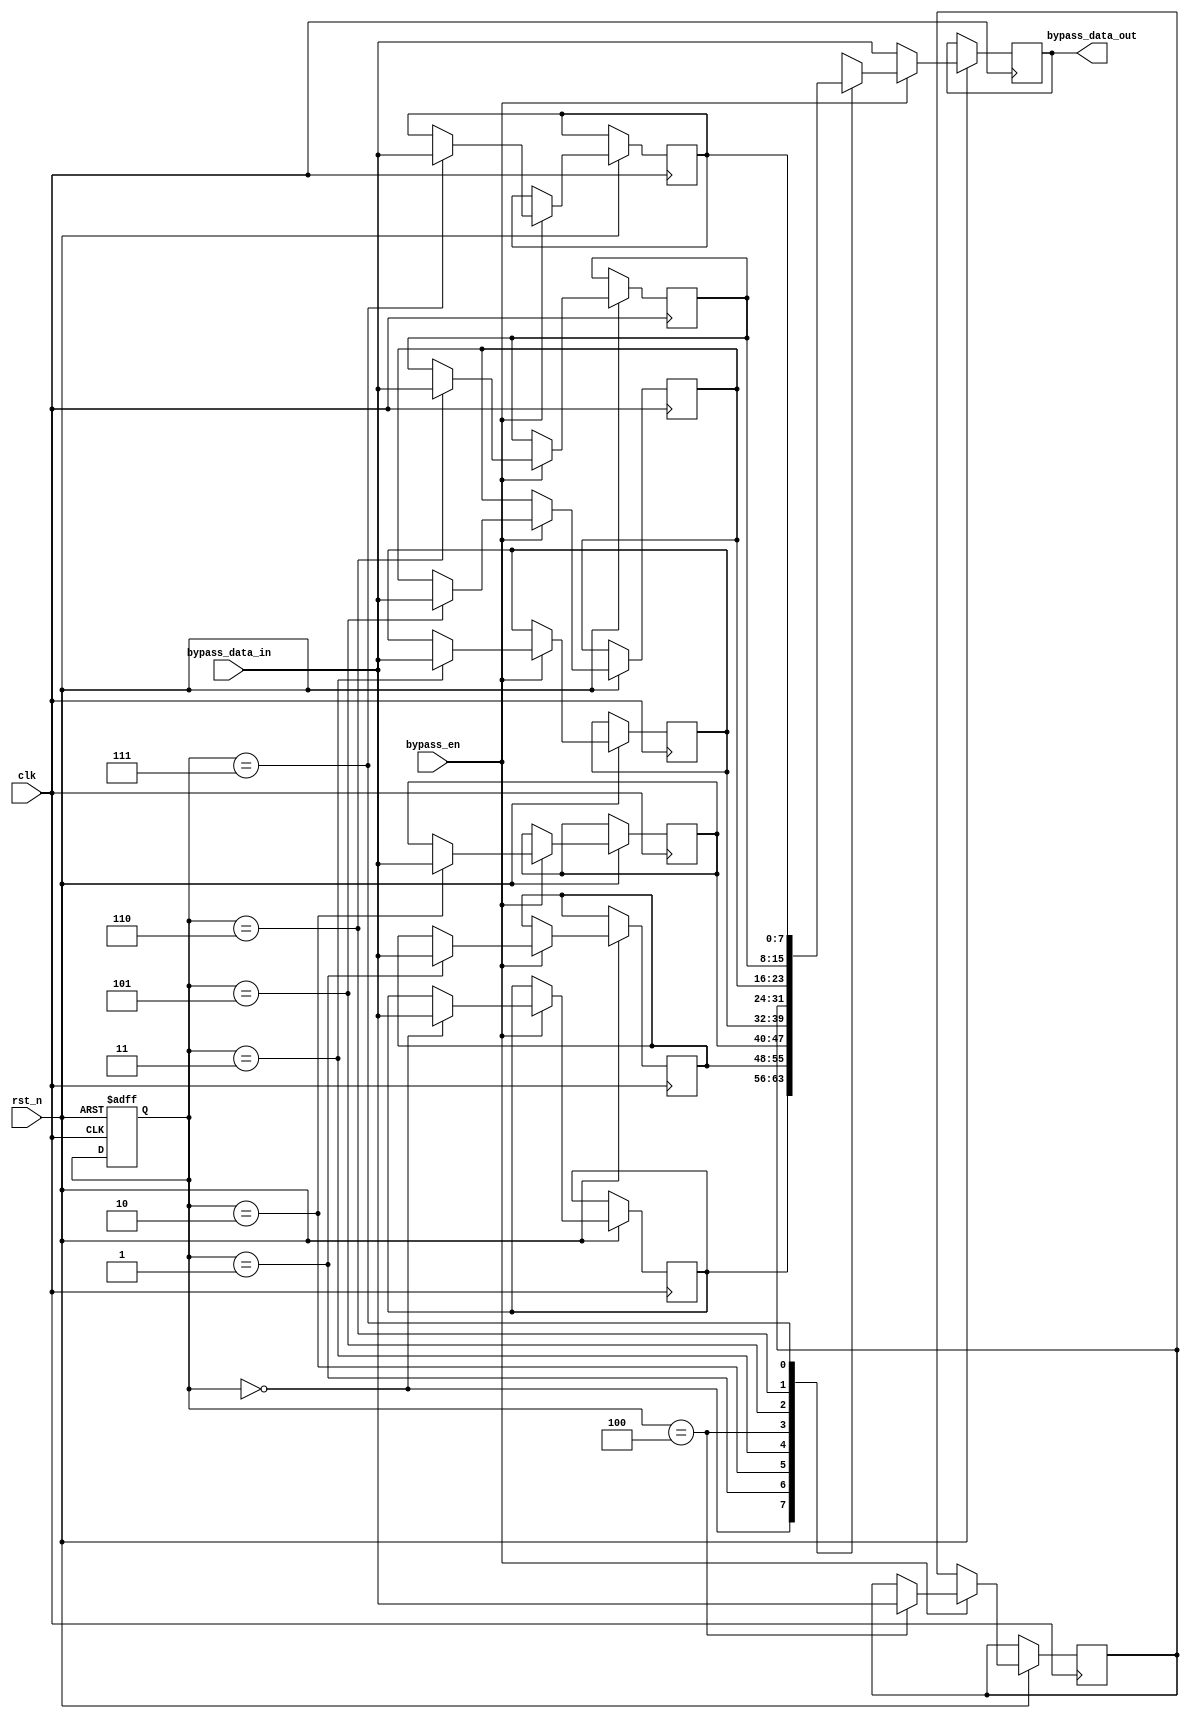
module timing_control_and_synchronization (
    input wire clk,
    input wire rst_n,
    input wire bypass_en,
    input wire [7:0] bypass_data_in,
    output wire [7:0] bypass_data_out
);

reg [7:0] bypass_reg [0:7];
reg [2:0] bypass_width = 3'b000;

always @ (posedge clk or negedge rst_n) begin
    if (~rst_n) begin
        bypass_width <= 3'b000;
    end else begin
        if (bypass_en) begin
            bypass_reg[bypass_width] <= bypass_data_in;
            bypass_data_out <= bypass_reg[bypass_width];
        end else begin
            bypass_data_out <= bypass_data_in;
        end
    end
end

endmodule